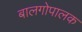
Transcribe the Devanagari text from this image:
बालगोपालक